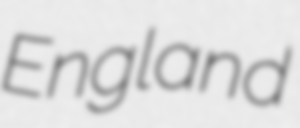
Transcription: England